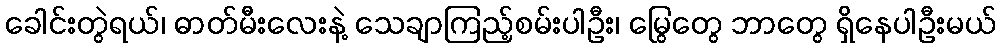
ခေါင်းတွဲရယ်၊ ဓာတ်မီးလေးနဲ့ သေချာကြည့်စမ်းပါဦး၊ မြွေတွေ ဘာတွေ ရှိနေပါဦးမယ်